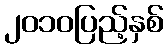
၂၀၁၀ပြည့်နှစ်